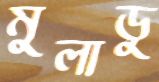
মুলাডু